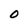
Character: o